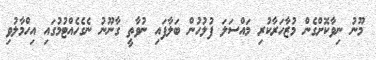
މޫނު ނިވާކޮށްގެން މުޒާހަރާކުރި މައްސަލަ ފުލުހުން ބަލާފައި ނުވާތީ ގާނޫނު ނެގެހެއްޓުމުގައި އިހްމާލުވި